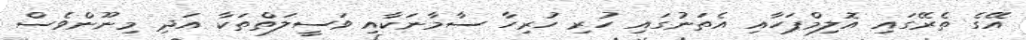
އޭގެ ތެރޭގައި އޮލިމްޕަހާއި އެތަނުގައި ހުރި ހުރިހާ ސާމާނަކާއި ވަސީލަތްތަކާ އަދި މިނޫންވެސް